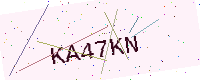
Text: KA47KN